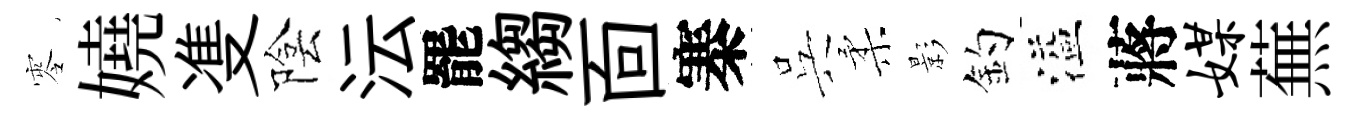
零嬈㕠陰沄罷縐靣寨呉柔影釣溢蔣媒蕪